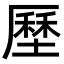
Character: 𡐰